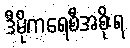
ဒီမိုကရေစီအစိုးရ